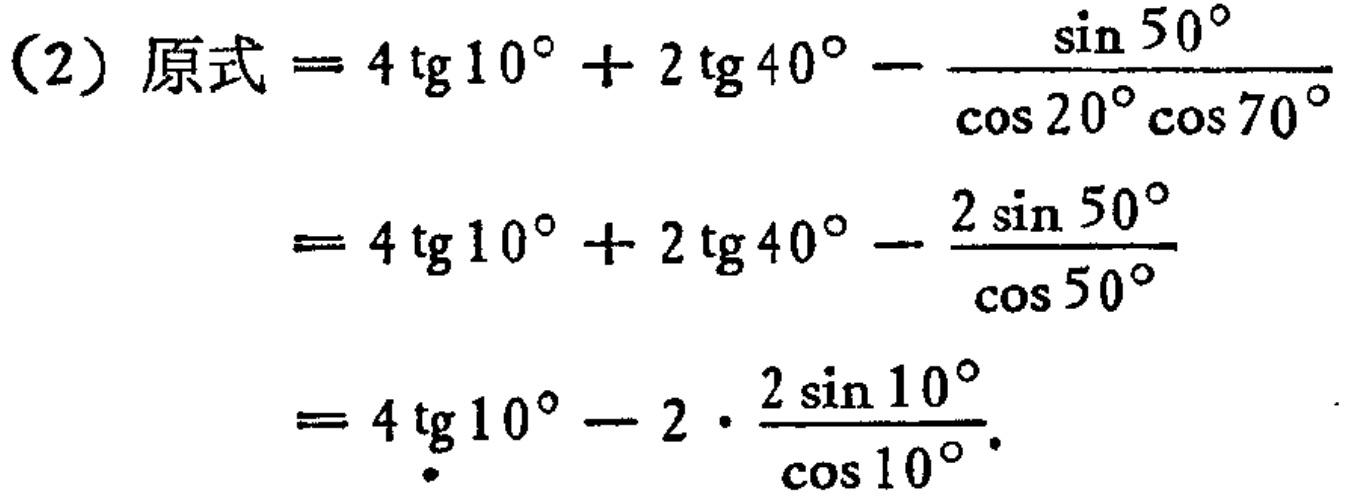
\[

\begin{align*}

(2)\text{ 原式}&= 4\operatorname{tg}10^{\circ}+ 2\operatorname{tg}40^{\circ}-\frac{\sin50^{\circ}}{\cos20^{\circ}\cos70^{\circ}}\\

&= 4\operatorname{tg}10^{\circ}+ 2\operatorname{tg}40^{\circ}-\frac{2\sin50^{\circ}}{\cos50^{\circ}}\\

&= 4\operatorname{tg}10^{\circ}-2\cdot\frac{2\sin10^{\circ}}{\cos10^{\circ}}

\end{align*}

\]